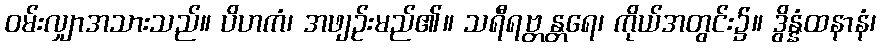
ဝမ်းလျှာအသားသည်။ ပိဟကံ၊ အဖျဉ်းမည်၏။ သရီရဗ္တန္တရေ၊ ကိုယ်အတွင်း၌။ ဒွိန္နံထနာနံ၊